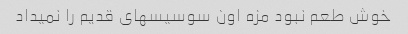
خوش طعم نبود مزه اون سوسیسهای قدیم را نمیداد